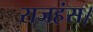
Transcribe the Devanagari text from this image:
राजहंस।